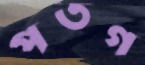
পতগ